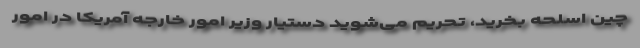
چین اسلحه بخرید، تحریم می‌شوید دستیار وزیر امور خارجه آمریکا در امور